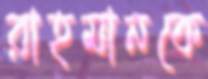
রাহমানকে